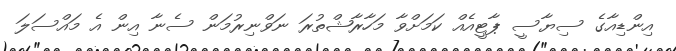
އިންޑިއާގެ ސިޔާސީ ޕާޓީއެއް ކަމަށްވާ މަހާރާޝްތުރަ ނަވްނިރުމަން ސެނާ އިން އެ މައްސަލަ